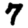
Digit: 7